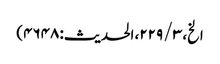
الخ، ۳ / ۲۲۹، الحدیث: ۴۶۴۸)